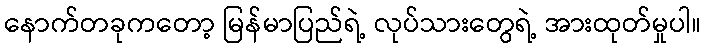
နောက်တခုကတော့ မြန်မာပြည်ရဲ့ လုပ်သားတွေရဲ့ အားထုတ်မှုပါ။